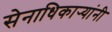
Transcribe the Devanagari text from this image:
सेनाधिकार्‍यांनी